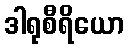
ဒါရုစီရိယော